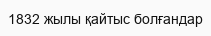
1832 жылы қайтыс болғандар